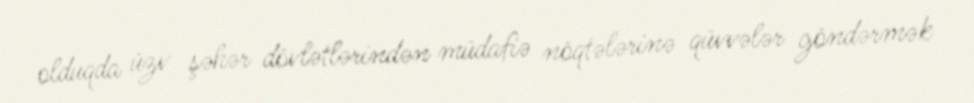
olduqda üzv şəhər dövlətlərindən müdafiə nöqtələrinə qüvvələr göndərmək